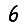
Digit: 6